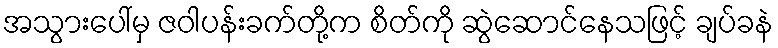
အသွားပေါ်မှ ဇဝါပန်းခက်တို့က စိတ်ကို ဆွဲဆောင်နေသဖြင့် ချပ်ခနဲ